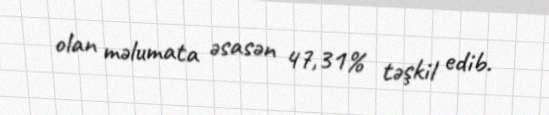
olan məlumata əsasən 47,31% təşkil edib.